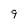
Character: 9